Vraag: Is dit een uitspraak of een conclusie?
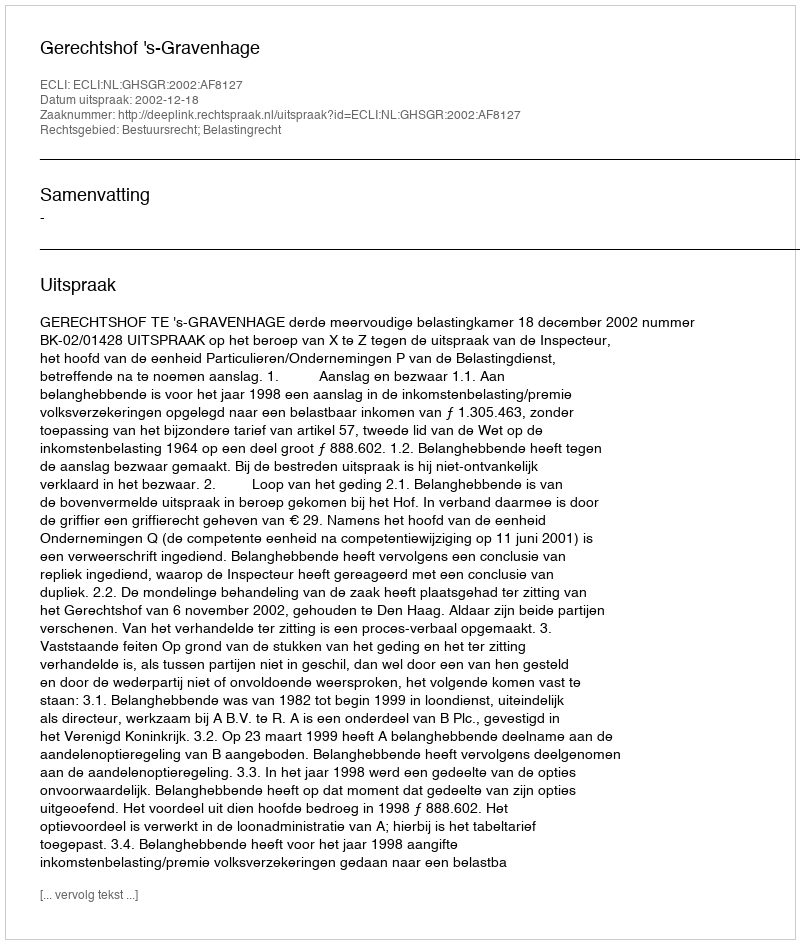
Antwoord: Uitspraak